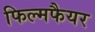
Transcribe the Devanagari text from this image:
फिल्मफैयर